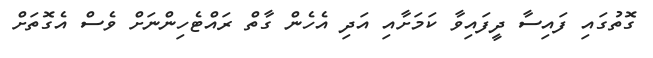
ގޮތުގައި ފައިސާ ދީފައިވާ ކަމަށާއި އަދި އެހެން ގާތް ރައްޓެހިންނަށް ވެސް އެގޮތަށް